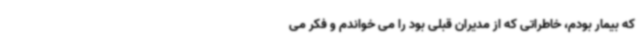
که بیمار بودم، خاطراتی که از مدیران قبلی بود را می‌ خواندم و فکر می